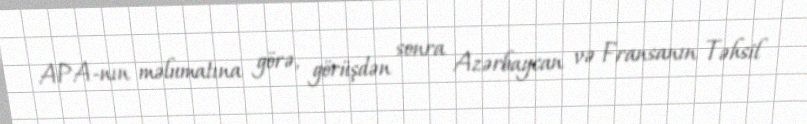
APA-nın məlumatına görə, görüşdən sonra Azərbaycan və Fransanın Təhsil